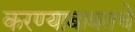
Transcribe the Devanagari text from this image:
करण्याबाबतचे